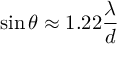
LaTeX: \sin \theta \approx 1 . 2 2 { \frac { \lambda } { d } }